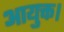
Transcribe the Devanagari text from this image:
आयुक्त।